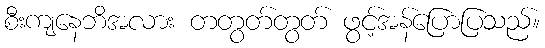
စီးကျနေဘိအလား တတွတ်တွတ် ဖွင့်အန်ပြောပြသည်။